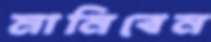
মানিবেন